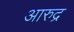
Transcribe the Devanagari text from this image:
आरुद्र